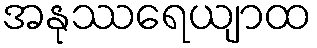
အနုဿရေယျာထ